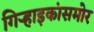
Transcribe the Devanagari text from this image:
गिऱ्हाइकांसमोर